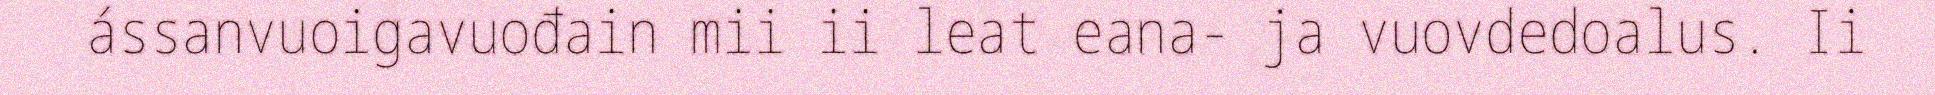
ássanvuoigavuođain mii ii leat eana- ja vuovdedoalus. Ii